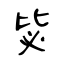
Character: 毖